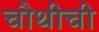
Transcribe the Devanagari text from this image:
चौथीची